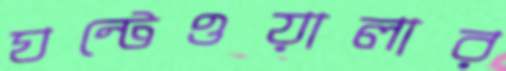
ঘন্টেওয়ালার